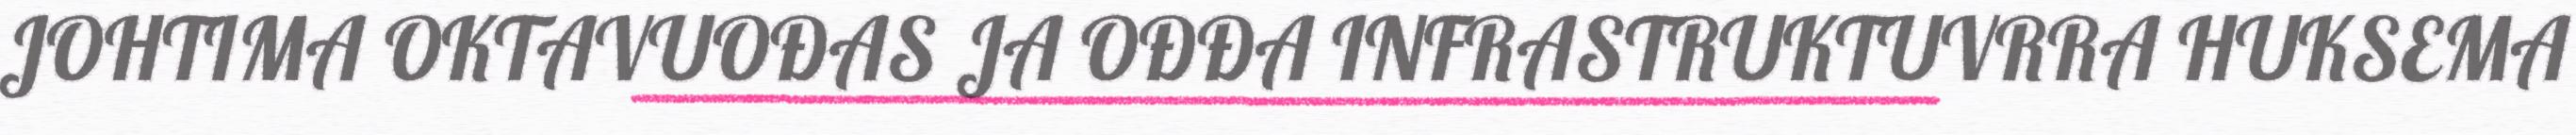
JOHTIMA OKTAVUOĐAS JA OĐĐA INFRASTRUKTUVRRA HUKSEMA